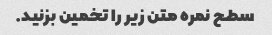
سطح نمره متن زیر را تخمین بزنید.